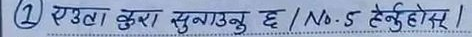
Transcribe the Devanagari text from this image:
एउटा कुरा सुनाउनु छ / No. 5 हेर्नुहोस् ।